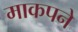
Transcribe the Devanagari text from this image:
माकपने